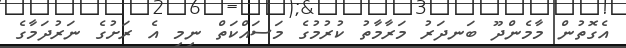
އެގޮތުން މާމެންދޫ ބަނދަރު މަރާމާތު ކުރުމުގެ މަސައްކަތް ނިމި އެ ރަށުގެ ނަރުދަމާގެ